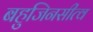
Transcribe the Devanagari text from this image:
बहुजिनसीत्व